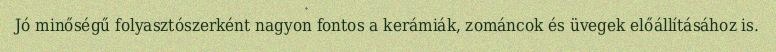
Jó minőségű folyasztószerként nagyon fontos a kerámiák, zománcok és üvegek előállításához is.